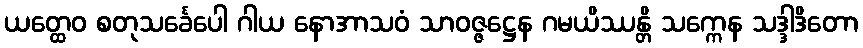
ယတ္ထေဝ စတုသင်္ခေပေါ ဂါယ နောအာသဝံ သာဝဇ္ဇဋ္ဌေန ဂမယိဿန္တိ သက္ကေန သဒ္ဒါဒိတော